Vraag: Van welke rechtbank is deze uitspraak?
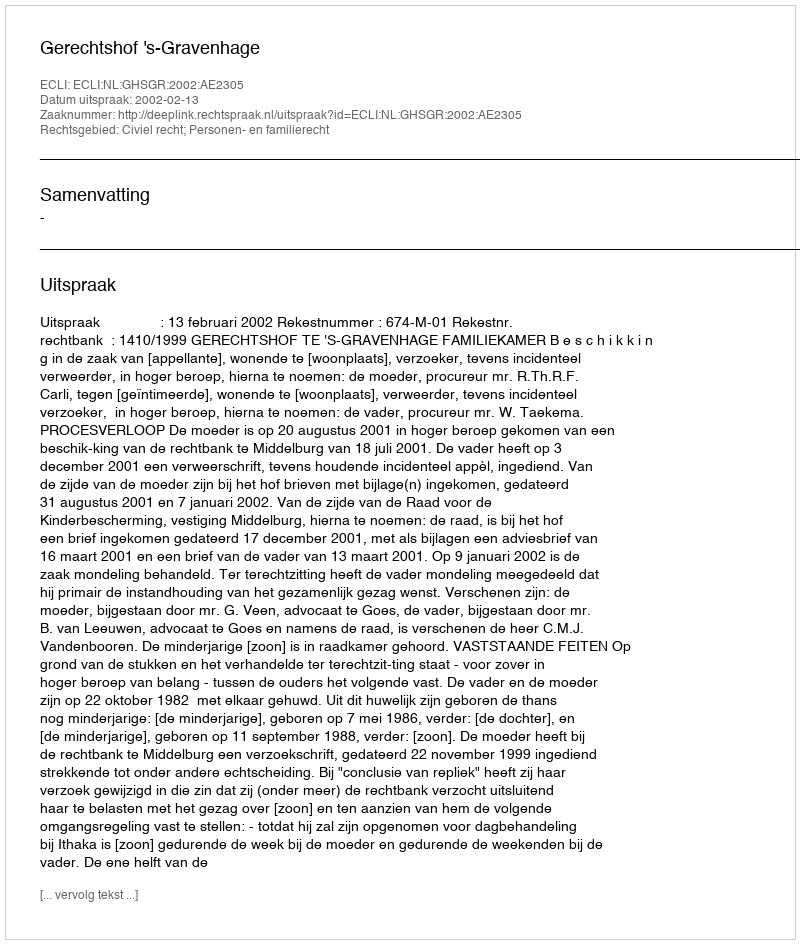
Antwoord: Gerechtshof 's-Gravenhage